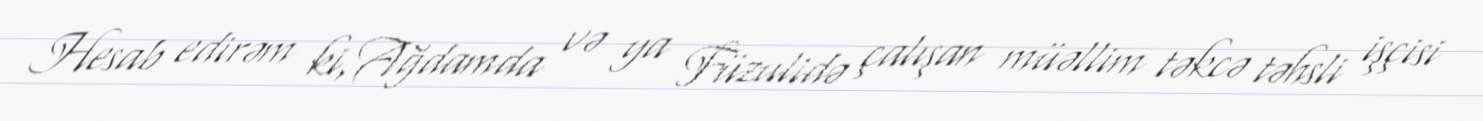
Hesab edirəm ki,Ağdamda və ya Füzulidə çalışan müəllim təkcə təhsli işçisi